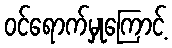
ဝင်ရောက်မှုကြောင့်